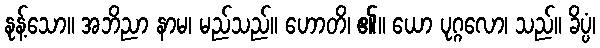
နုန့်သော။ အဘိညာ နာမ၊ မည်သည်။ ဟောတိ၊ ၏။ ယော ပုဂ္ဂလော၊ သည်။ ခိပ္ပံ၊